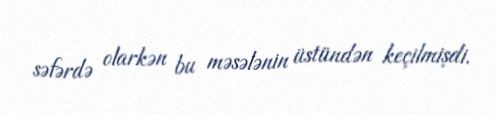
səfərdə olarkən bu məsələnin üstündən keçilmişdi.